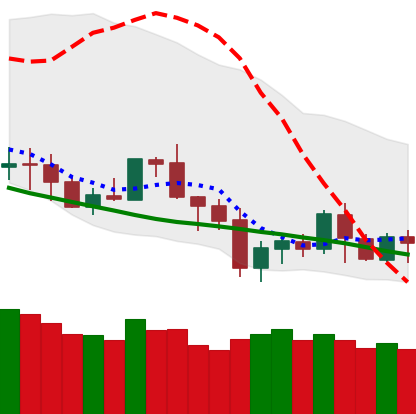
Ticker: BNB-USD
Chart end date: 2020-07-05
Forward return: 11.505%
Label: up_7plus